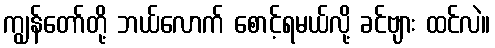
ကျွန်တော်တို့ ဘယ်လောက် စောင့်ရမယ်လို့ ခင်ဗျား ထင်လဲ။